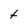
Character: t